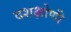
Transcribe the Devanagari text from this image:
दशक्षोणी